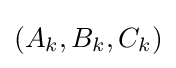
(A_{k},B_{k},C_{k})